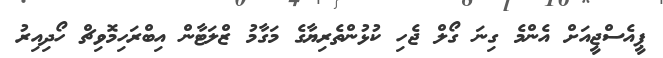
ޕީއެސްޖީއަށް އެންމެ ގިނަ ގޯލް ޖެހި ކުޅުންތެރިޔާގެ މަގާމު ޒްލަޓާން އިބްރަހިމޮވިޗް ހޯދިއިރު